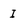
Character: I